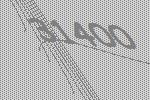
31400